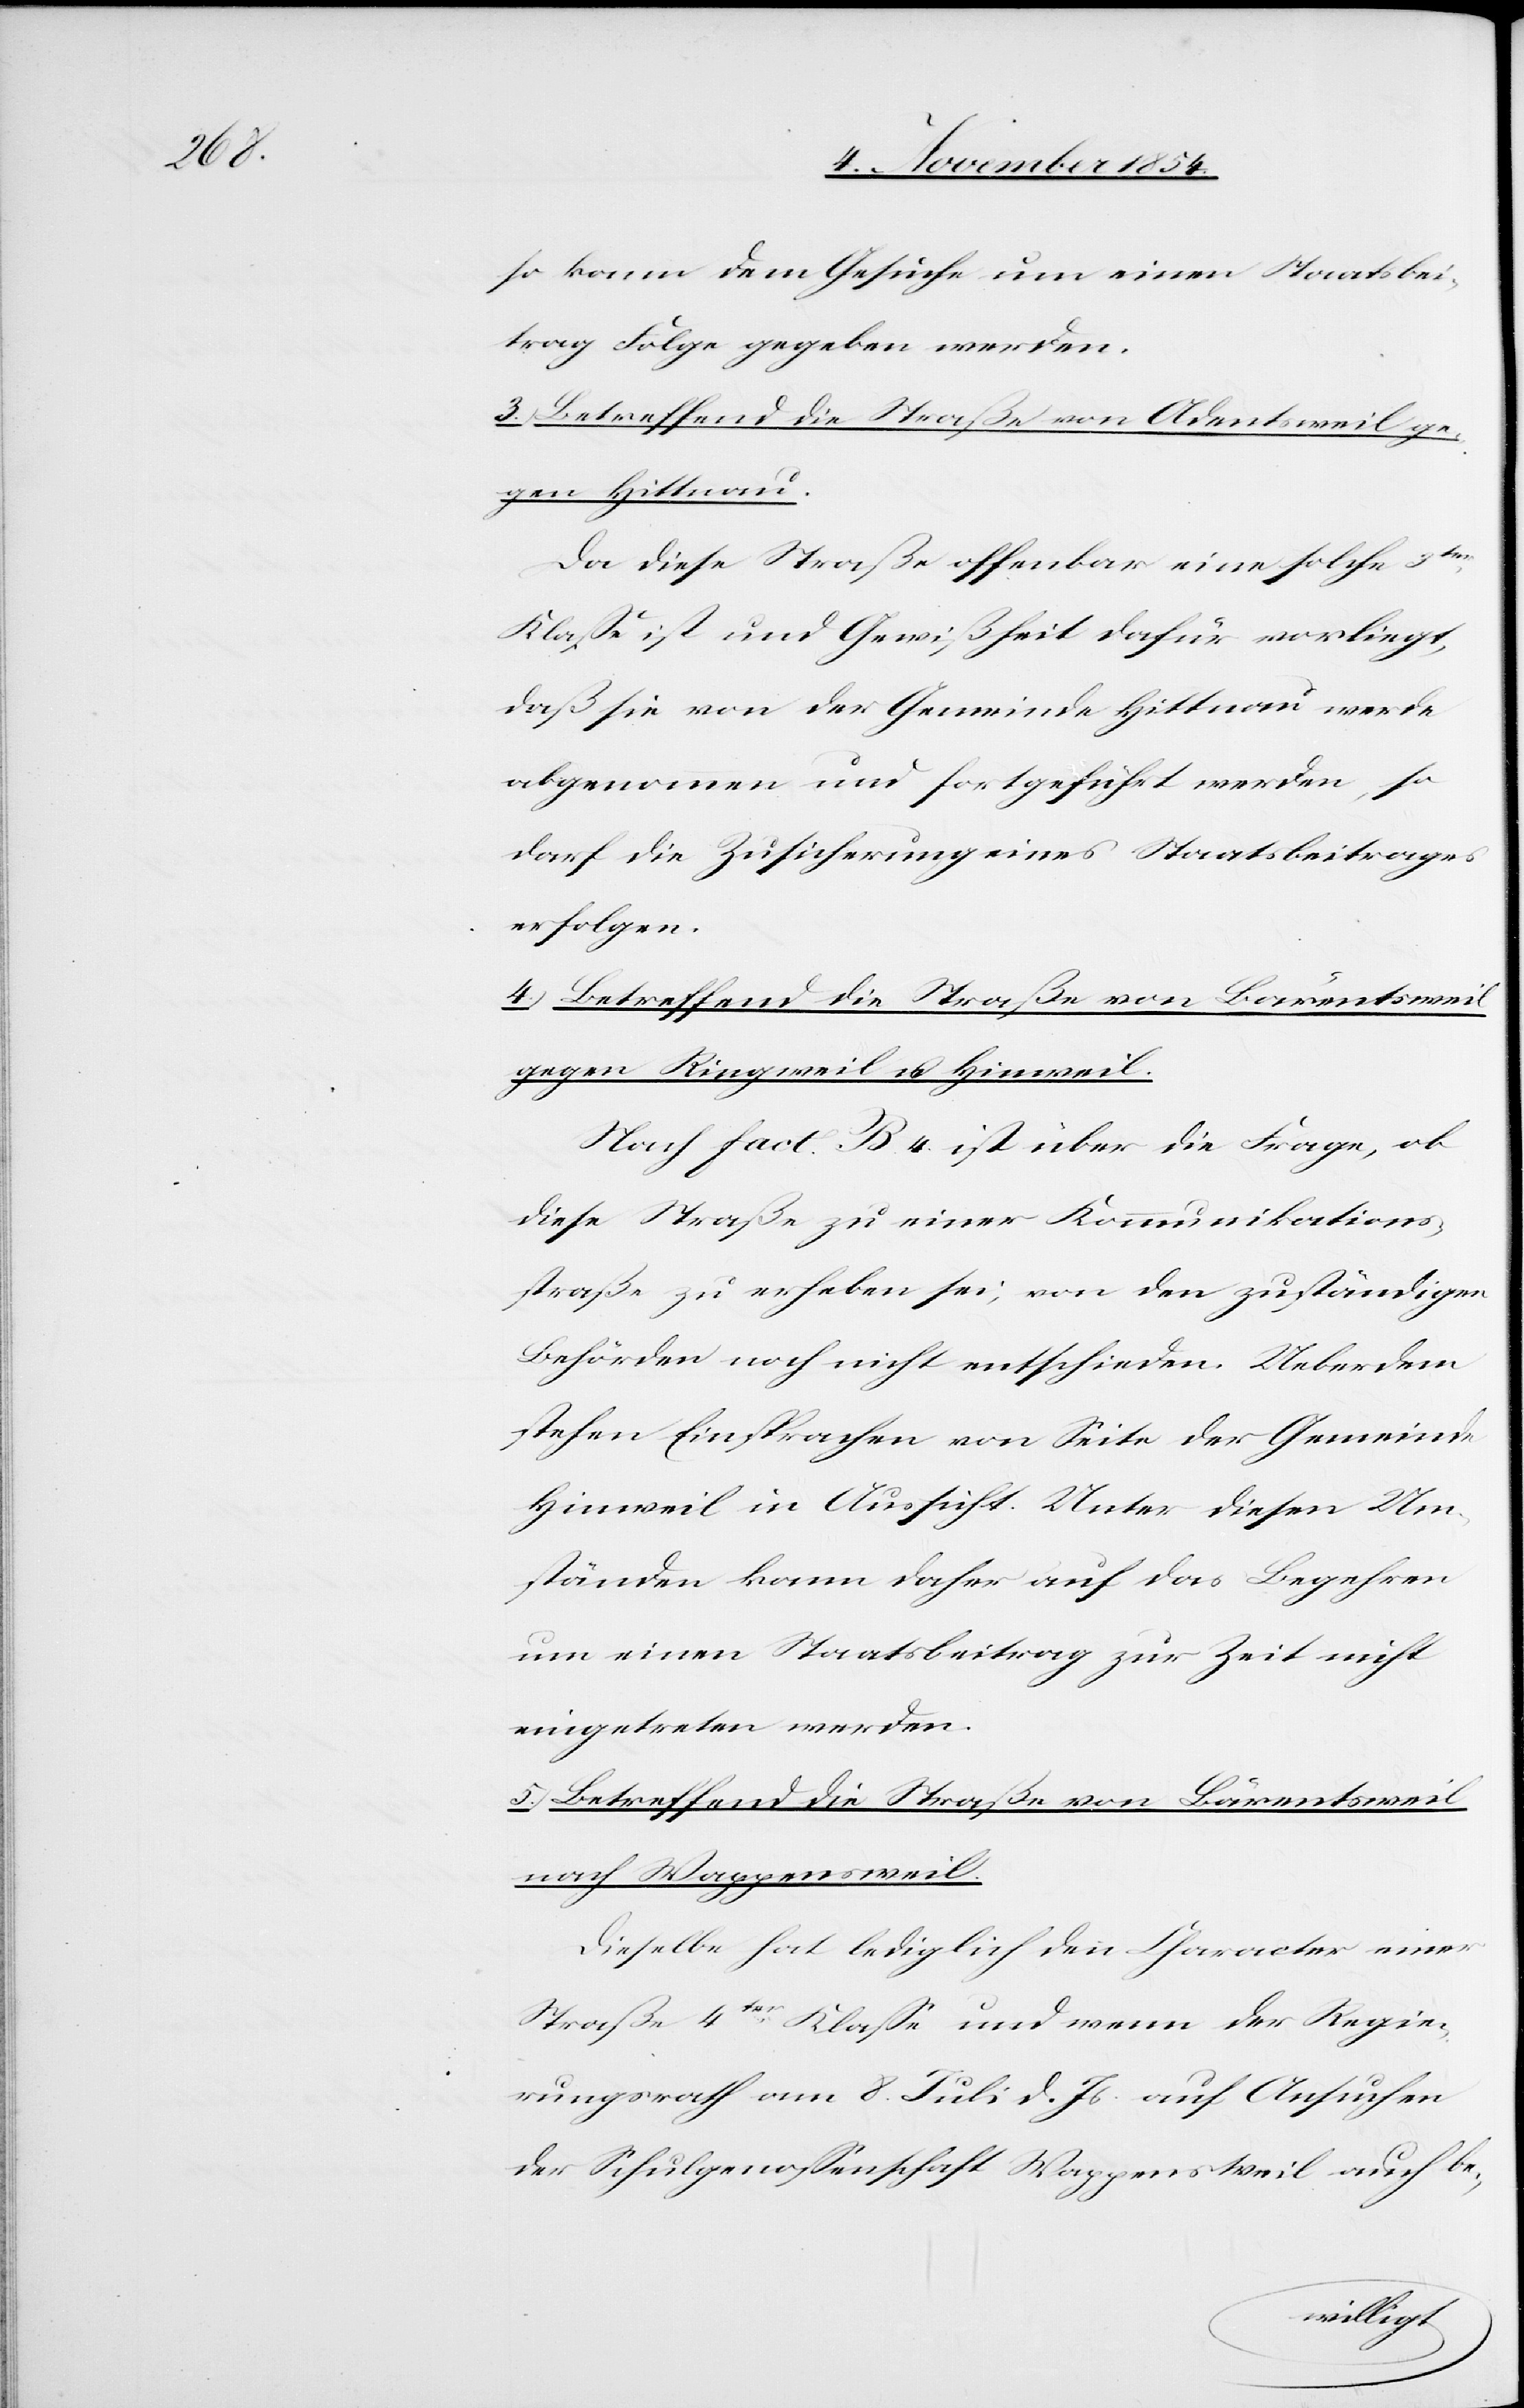
so kann dem Gesuche um einen Staatsbei¬
trag Folge gegeben werden.
3.) Betreffend die Straße von Adentsweil ge¬
gen Hittnau.
Da diese Straße offenbar eine solche 3ter
Klaße ist und Gewißheit dafür vorliegt,
das sie von der Gemeinde Hittnau werde
abgenommen und fortgeführt werden, so
darf die Zusicherung eines Staatsbeitrages
erfolgen.
4.) Betreffend die Straße von Bärentsweil
gegen Ringweil u. Hinweil.
Nach fact. B. 4. ist über die Frage, ob
diese Straße zu einer Kommunikations¬
straße zu erheben sei, von den zuständigen
Behörden noch nicht entschieden. Ueberdem
stehen Einsprachen von Seite der Gemeinde
Hinweil in Aussicht. Unter diesen Um¬
ständen kann daher auf das Begehren
um einen Staatsbeitrag zur Zeit nicht
eingetreten werden.
5.) Betreffend die Straße von Bärentsweil
nach Wappensweil.
Dieselbe hat lediglich den Character einer
Straße 4ter Klaße und wenn der Regie¬
rungsrath am 8. Juli d. Js. auf Ansuchen
der Schulgenoßenschaft Wappensweil auch be-